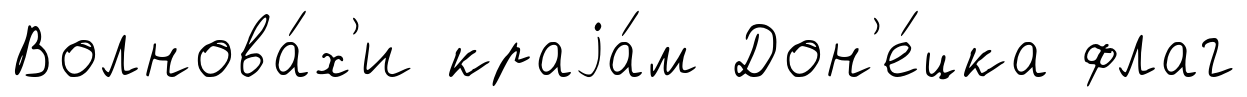
Волнова́х'и краjа́м Дон'е́цка флаг